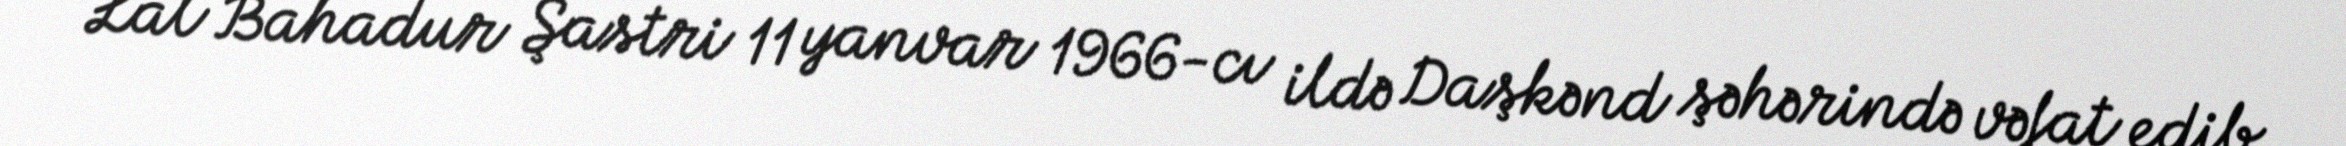
Lal Bahadur Şastri 11 yanvar 1966-cı ildə Daşkənd şəhərində vəfat edib.